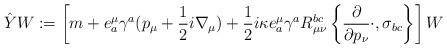
LaTeX: \begin{align*}\hat{Y}W := \left[m+e^\mu_a\gamma^a(p_\mu+\frac{1}{2}i\nabla_\mu)+\frac{1}{2}i\kappa e^\mu_a\gamma^aR_{\mu\nu}^{bc}\left\{\frac{\partial}{\partial p_\nu}\cdot,\sigma_{bc}\right\}\right]W\end{align*}